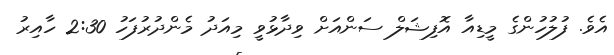
އެވެ. ފުލުހުންގެ މީޑިއާ އޮފިޝަލް ސަންއަށް ވިދާޅުވީ މިއަދު މެންދުރުފަހު 2:30 ހާއިރު